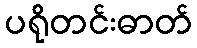
ပရိုတင်းဓာတ်